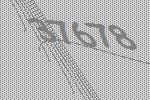
37678